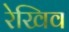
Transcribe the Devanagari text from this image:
रेखिव